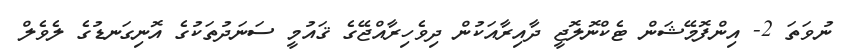
ނުވަތަ 2- އިންފޮމޭޝަން ޓެކްނޮލޮޖީ ދާއިރާއަކުން ދިވެހިރާއްޖޭގެ ޤައުމީ ސަނަދުތަކުގެ އޮނިގަނޑުގެ ލެވެލް